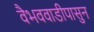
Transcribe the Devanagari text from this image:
वैभववाडीपासुन